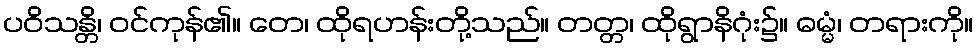
ပဝိသန္တိ၊ ဝင်ကုန်၏။ တေ၊ ထိုရဟန်းတို့သည်။ တတ္တ၊ ထိုရွာနိဂုံး၌။ ဓမ္မံ၊ တရားကို။